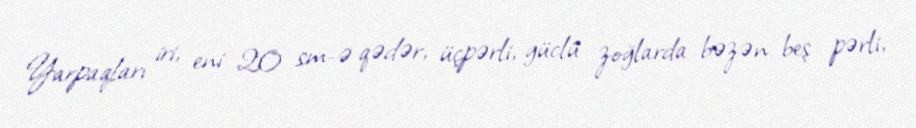
Yarpaqları iri, eni 20 sm-ə qədər, üçpərli, güclü zoğlarda bəzən beş pərli,